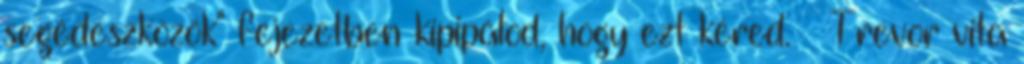
segédeszközök" fejezetben kipipálod, hogy ezt kéred. – Trevor vita